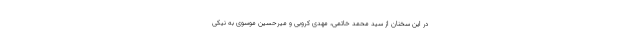
در این سخنان از سید محمد خاتمی، مهدی کروبی و میرحسین موسوی به نیکی